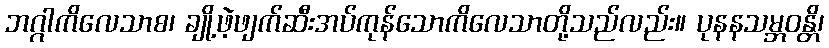
ဘဂ္ဂါကိလေသာစ၊ ချို့ဖဲ့ဖျက်ဆီးအပ်ကုန်သောကိလေသာတို့သည်လည်း။ ပုနနသမ္ဘဝန္တိ၊